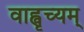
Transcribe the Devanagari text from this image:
वाह्वृच्यम्